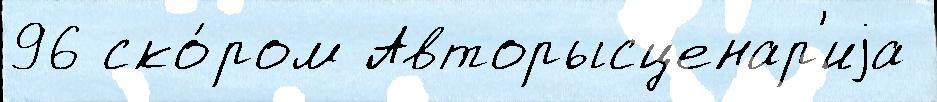
96 ско́ром Авторысценар'иjа